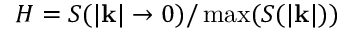
H = S ( | \mathbf { k } | \rightarrow 0 ) / \operatorname* { m a x } ( S ( | \mathbf { k } | ) )